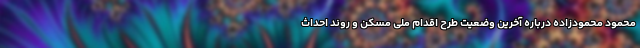
محمود محمودزاده درباره آخرین وضعیت طرح اقدام ملی مسکن و روند احداث